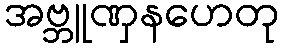
အဗ္ဘူဏှနဟေတု